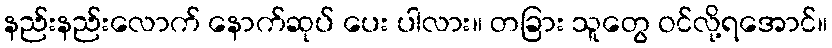
နည်းနည်းလောက် နောက်ဆုပ် ပေး ပါလား။ တခြား သူတွေ ဝင်လို့ရအောင်။